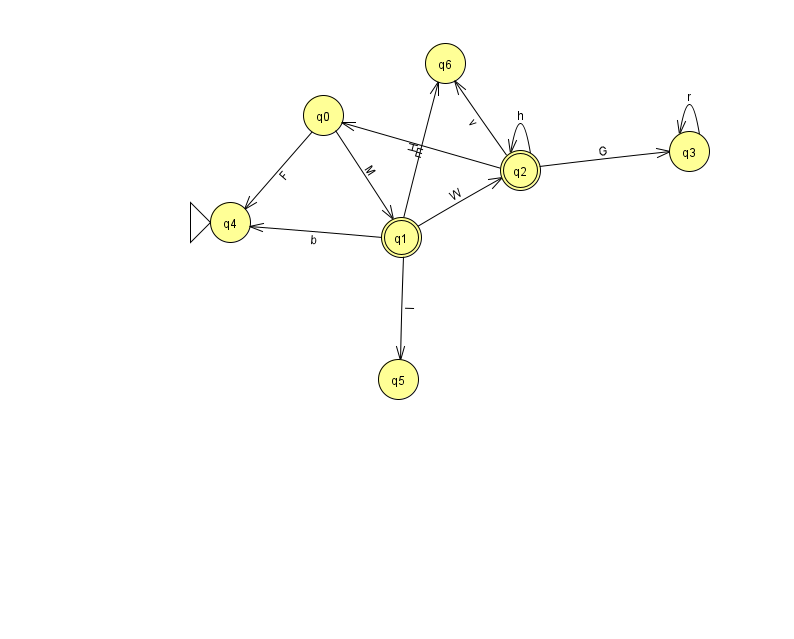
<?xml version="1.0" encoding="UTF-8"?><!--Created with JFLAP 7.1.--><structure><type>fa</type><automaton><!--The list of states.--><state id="0" name="q0"><x>323.0</x><y>102.0</y></state><state id="1" name="q1"><x>401.0</x><y>224.0</y><final/></state><state id="2" name="q2"><x>520.0</x><y>157.0</y><final/></state><state id="3" name="q3"><x>689.0</x><y>138.0</y></state><state id="4" name="q4"><x>230.0</x><y>209.0</y><initial/></state><state id="5" name="q5"><x>398.0</x><y>366.0</y></state><state id="6" name="q6"><x>445.0</x><y>50.0</y></state><!--The list of transitions.--><transition><from>1</from><to>6</to><read>H</read></transition><transition><from>3</from><to>3</to><read>r</read></transition><transition><from>0</from><to>1</to><read>M</read></transition><transition><from>0</from><to>4</to><read>F</read></transition><transition><from>2</from><to>3</to><read>G</read></transition><transition><from>1</from><to>2</to><read>W</read></transition><transition><from>2</from><to>2</to><read>h</read></transition><transition><from>1</from><to>5</to><read>l</read></transition><transition><from>1</from><to>4</to><read>b</read></transition><transition><from>2</from><to>0</to><read>E</read></transition><transition><from>2</from><to>6</to><read>v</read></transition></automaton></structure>